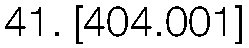
41. [404.001]